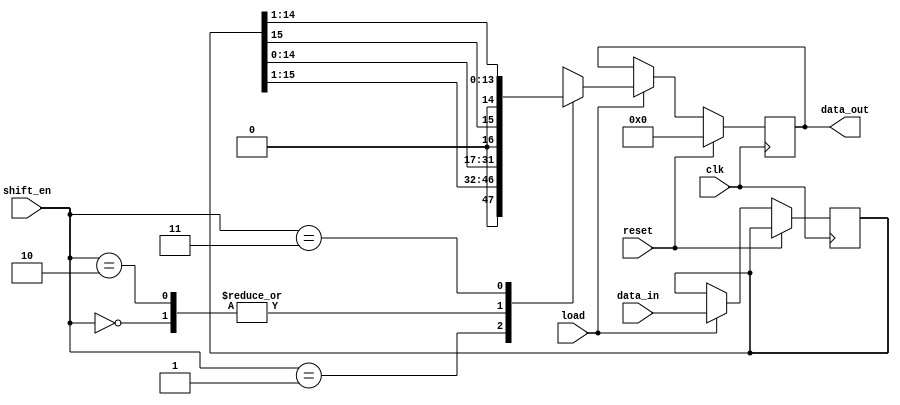
module pipo_shift(
                  data_in                                                  ,//input
                  load                                                     ,//input to load data
                  shift_en                                                 ,//input to shift
                  clk                                                      ,//clock
                  reset                                                    ,//reset
                  data_out                                                  //output
                  )                                                        ;

//port declaration
input       [15:0] data_in                                                 ;//input 16 bit data
input              load, clk, reset                                        ;//inputs
input       [1:0 ] shift_en                                                ;//2 bit shift enable
output reg  [15:0] data_out                                                ;//16 bit output
reg         [15:0] temp_data                                               ;//16 bit temporary register to store data

/*Here the data is loaded and then the left, right, arithmatic left, arithmatic right shift is done*/
always @ (posedge clk)
   begin
      if (reset)
         data_out <= 0                                                     ;//output data 0 if reset
      else
         begin
            if (load)
               begin 
                  temp_data <= data_in                                     ;//load data to temporary register
                  case(shift_en)
                     0 : data_out <=  temp_data <<  1                      ;//shift left
                     1 : data_out <=  temp_data >>  1                      ;//shift right
                     2 : data_out <=  temp_data <<< 1                      ;//arithmatic left shift
                     3 : data_out <= {temp_data[15], temp_data[14:0] >> 1} ;//arithmatic right shift
                  endcase
               end
         end
   end

endmodule                                                                   //end of pipo